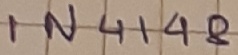
Text: IN4148